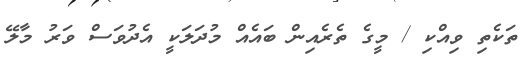
ތަކެތި ވިއްކި / މީގެ ތެރެއިން ބައެއް މުދަލަކީ އެދުވަސް ވަރު މާލޭ